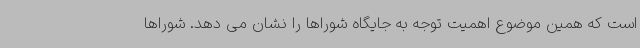
است که همین موضوع اهمیت توجه به جایگاه شوراها را نشان می دهد. شوراها